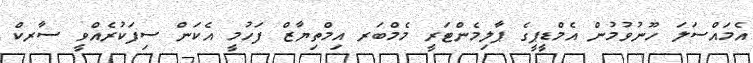
އެމައްސަލަ ހޫނުވުމުން އެމްޑީޕީގެ ޕާލިމެންޓަރީ މެމްބަރ އިމްތިޔާޒް ފަހުމީ އެކަން ސިފަކުރެއްވީ ސާރކް